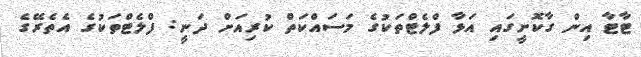
ޓާޓާ އިން ގާކޮށީގައި އަޅާ ފްލެޓްތަކުގެ މަސައްކަތް ކުރިއަށް ދަނީ: ފްލެޓްތަކުގެ އެތެރޭގެ